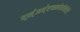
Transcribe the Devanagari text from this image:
द्स्॑अव्॑एव्स्स्वेर्सत्येरेरे